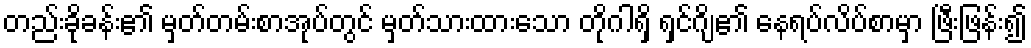
တည်းခိုခန်း၏ မှတ်တမ်းစာအုပ်တွင် မှတ်သားထားသော တိုဂါရှိ ရှင်ဂျိ၏ နေရပ်လိပ်စာမှာ ဖြီးဖြန်း၍